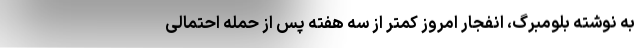
به نوشته بلومبرگ، انفجار امروز کمتر از سه هفته پس از حمله احتمالی